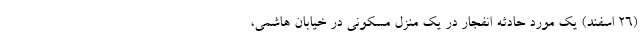
(26 اسفند) یک مورد حادثه انفجار در یک منزل مسکونی در خیابان هاشمی،